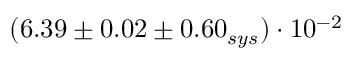
( 6 . 3 9 \pm 0 . 0 2 \pm 0 . 6 0 _ { s y s } ) \cdot 1 0 ^ { - 2 }